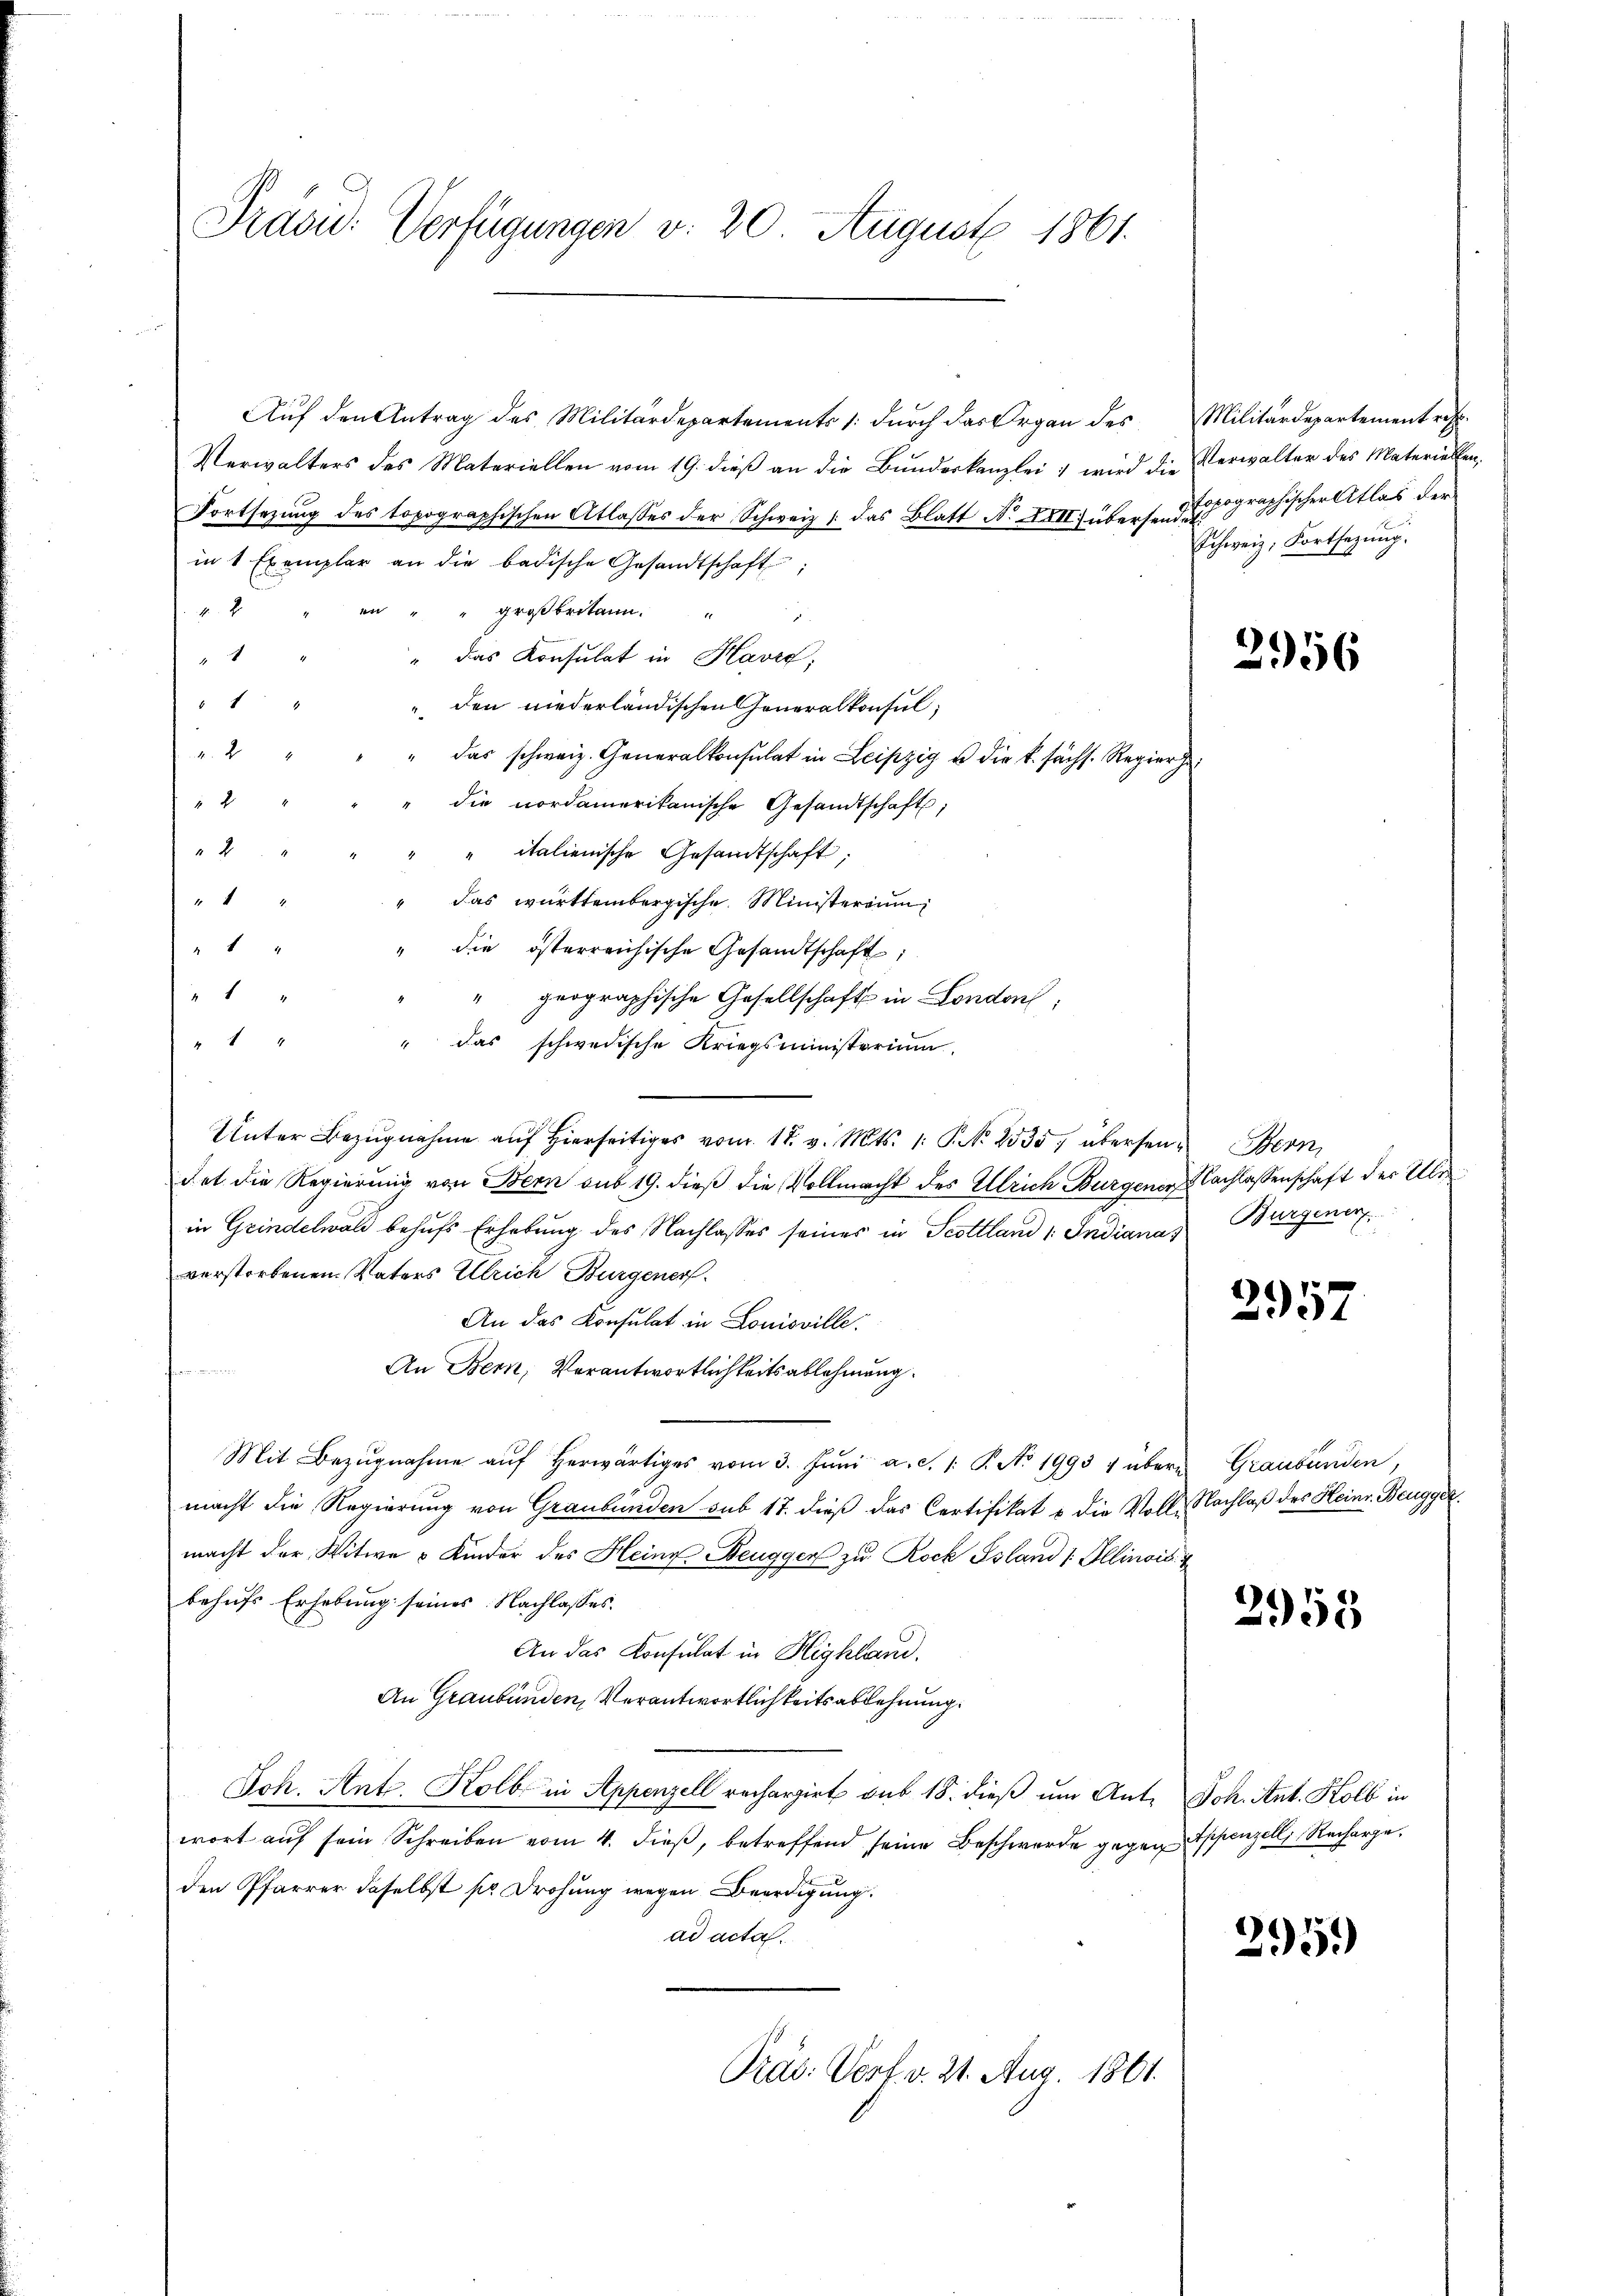
Präsid. Verfügungen v. 20. August 1861.

Auf den Antrag des Militärdepartements /: durch das Organ des Militärdepartement resp.
Verwalters des Materiellen vom 19. dieß an die Bundeskanzlei: wird die Verwalter des Materiellen,
Fortsezung des topographischen Atlasses der Schweiz, das Blatt No XXII) übersen doch graphischer Atlas der
in 1 Exemplar an die badische Gesandtschaft
en " " großbritann.
24.
.
" das Konsulat in Havre,
1
1
" den niederländischen Generalkonsul
22
das schweiz. Generalkonsulat in Leipzig u. die k. sächs. Regier
2
die nordamerikanische Gesandtschaft;
2
" italienische Gesandtschaft
1
" das württembergische Ministerium
14
" die österreichische Gesandtschaft;
1
" geographische Gesellschaft in London,
" 14
" das schwedische Kriegsministerium
Unter Bezŭgnahme aŭf hierseits vom 18. v. Mts. 1. P. 2535, übersen Bern,
det die Regierung von Bern sub 19. dieß die Vollmacht des Ulrich Burgener Nachlassenschaft der Über
in Grindelwald behufs Erhebung des Nachlasses seines in Scottland 1. Indiana Burgener
verstorbenen Vaters Ulrich Burgener
An das Konsulat in Louisville.
An Bern, Verantwortlichkeitsablehnung.
Mit Bezŭgnahme aŭf herwärtiges vom 3. Jŭni a. c. 1: P. No 1993 4 übern Graubünden,
macht die Regierung von Graubünden sub 17. dieß das Certifikat u die Voll- Nachlaβ des Heinr. Beugge
macht der Witwe 3 Kinder des Heine Beugger zu Rock Ssland / Illinois 4
behufs Erhebung seines Nachlasses.
An das Konsulat in Highland.
An Graubünden, Verantwortlichkeitsablehnung.
Joh. Ant. Kolb in Appenzell rechargirt sub 18. dieß um Ant. Joh. Ant. Kolb in
wort aŭf sein Schreiben vom 4. dieβ, betreffend seine Beschwerde gegen Appenzell, Recharge
den Pfarrer daselbst so Drohung wegen Beerdigung.
ad acta.
Präs. Verf. v. 21. Aug. 1861.

Schweiz. Fortsezung.

2956

2957

2955

295.